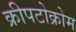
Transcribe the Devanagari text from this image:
क्रीपटोक्रोम